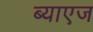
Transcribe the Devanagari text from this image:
ब्याएज